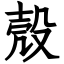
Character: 殼